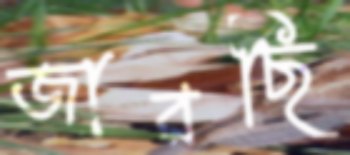
জারছি